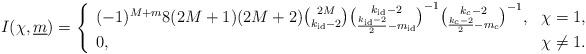
LaTeX: \begin{align*}I(\chi,{\underline m})=\left\{\begin{array}{ll}(-1)^{M+m}8(2M+1)(2M+2)\binom{2M}{k_{\rm id}-2}\binom{k_{\rm id}-2}{\frac{k_{\rm id}-2}{2}-m_{\rm id}}^{-1}\binom{k_{c}-2}{\frac{k_{c}-2}{2}-m_{c}}^{-1},&\chi=1,\\0,&\chi\neq 1.\end{array}\right.\end{align*}